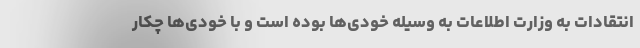
انتقادات به وزارت اطلاعات به وسیله خودی‌ها بوده است و با خودی‌ها چکار